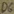
Text: D6